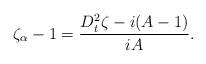
LaTeX: \begin{align*} \zeta_{\alpha}-1=\frac{D_t^2\zeta-i(A-1)}{iA}.\end{align*}